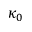
\kappa _ { 0 }